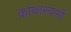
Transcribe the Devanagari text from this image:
कांथास्वामी